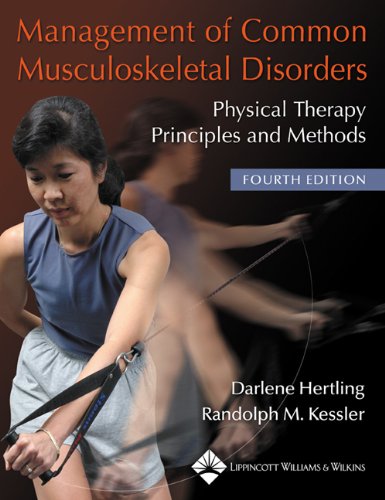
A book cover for Management of Common Musculoskeletal Disorders: Physical Therapy Principles and Methods (Management of Common Musculoskeletal Disorders (Hertling)); Darlene Hertling BS  RPT; Medical Books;